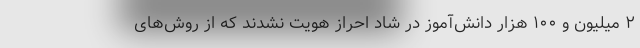
۲ میلیون و ۱۰۰ هزار دانش‌آموز در شاد احراز هویت نشدند که از روش‌های